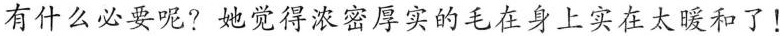
有什么必要呢?她觉得浓密厚实的毛在身上实在太暖和了！